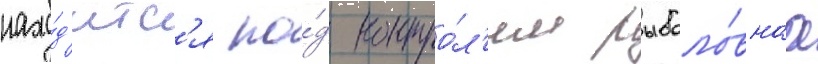
нахо́д'итс'я по́д контро́л'ем рыболо́внаа